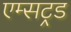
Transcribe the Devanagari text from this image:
एम्सट्रड